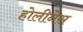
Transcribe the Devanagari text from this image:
होलीनेस